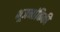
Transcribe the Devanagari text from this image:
भूजनांकिकी